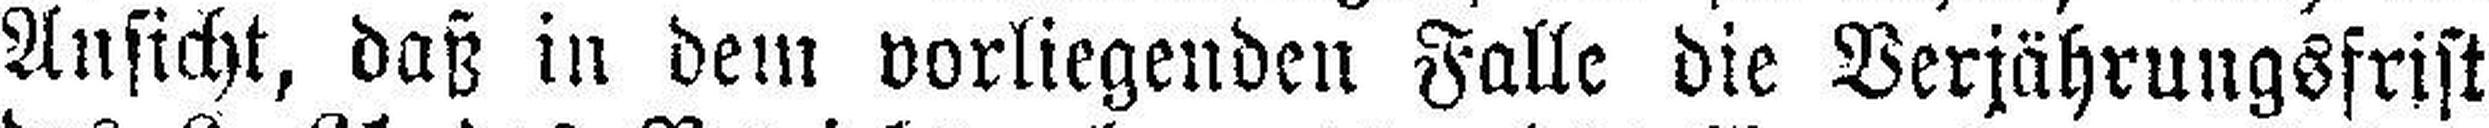
Ansicht, daß in dem vorliegenden Falle die Verjährungsfrist